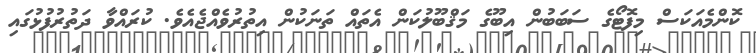
ކޮންމެއަކަސް މިފޮޓޯގެ ސަބަބުން އިބޫގެ މަޤްބޫލުކަން އެތައް ތަނަކުން އިތުރުވެއްޖެއެވެ. ކުރައްވާ ދަތުރުފުޅުގައި